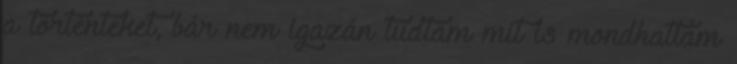
a történteket, bár nem igazán tudtam mit is mondhattam